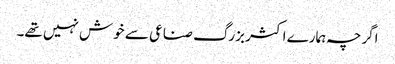
اگرچہ ہمارے اکثر بزرگ صناعی سے خوش نہیں تھے۔